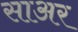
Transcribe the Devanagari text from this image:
साअर